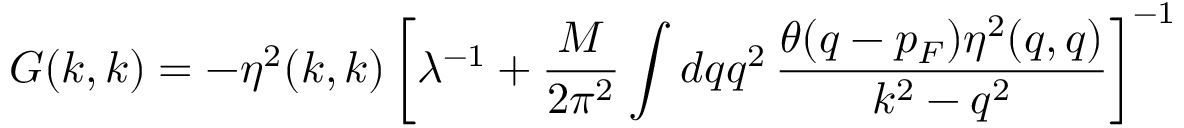
G ( k , k ) = - \eta ^ { 2 } ( k , k ) \left[ \lambda ^ { - 1 } + \frac { M } { 2 \pi ^ { 2 } } \int { d q q ^ { 2 } } \, \frac { \theta ( q - p _ { F } ) \eta ^ { 2 } ( q , q ) } { { k ^ { 2 } } - q ^ { 2 } } \right] ^ { - 1 }